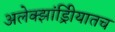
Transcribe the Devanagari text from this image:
अलेक्झांड्रिीयातच